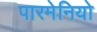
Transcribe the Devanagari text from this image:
पारमेनियो